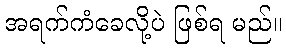
အရက်ကံခေလို့ပဲ ဖြစ်ရ မည်။